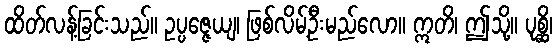
ထိတ်လန့်ခြင်းသည်။ ဥပ္ပဇ္ဇေယျ၊ ဖြစ်လိမ့်ဦးမည်လော။ ဣတိ၊ ဤသို့။ ပုစ္ဆိ၊